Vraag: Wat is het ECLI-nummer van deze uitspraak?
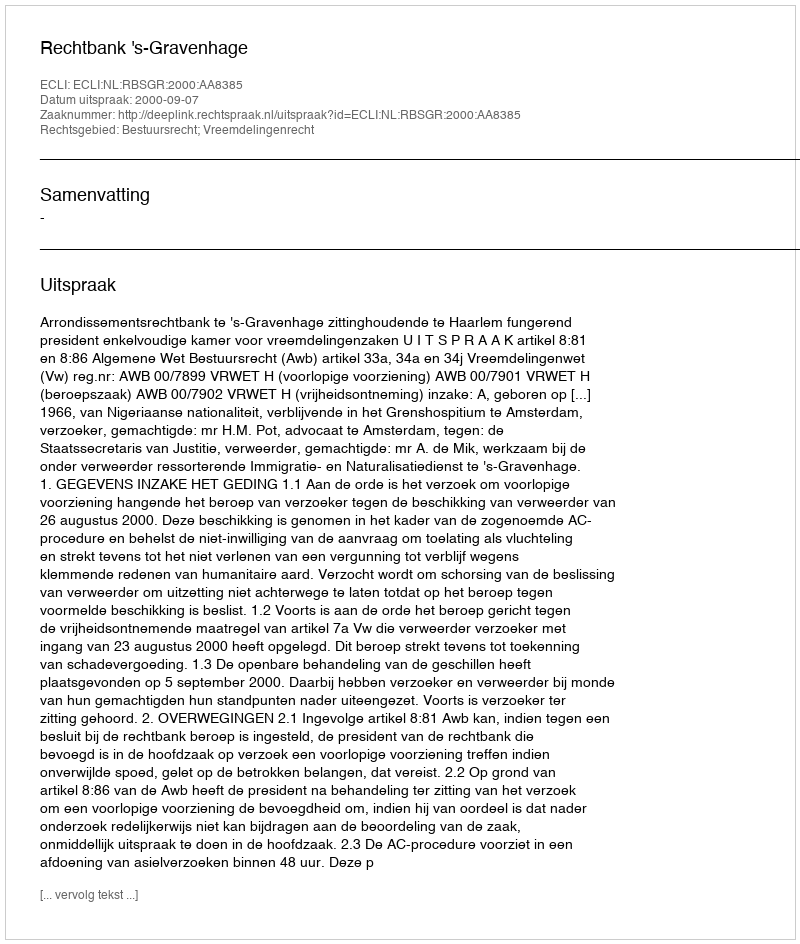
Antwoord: ECLI:NL:RBSGR:2000:AA8385